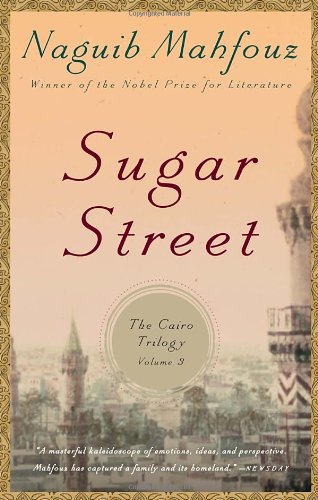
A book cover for Sugar Street: The Cairo Trilogy, Volume 3; Naguib Mahfouz; Literature & Fiction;